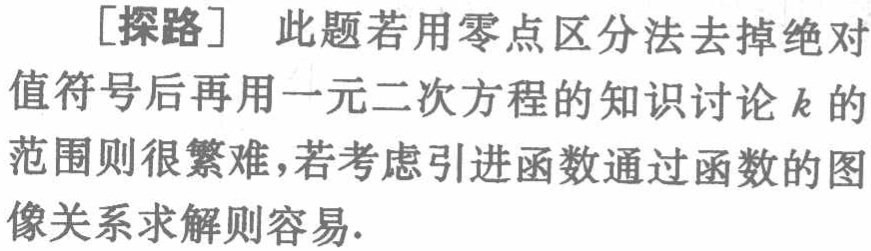
[探路] 此题若用零点区分法去掉绝对值符号后再用一元二次方程的知识讨论 \(k\) 的范围则很繁难，若考虑引进函数通过函数的图像关系求解则容易.